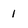
Character: 1